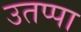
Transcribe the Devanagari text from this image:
उतप्पा